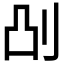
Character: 𫥷